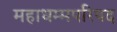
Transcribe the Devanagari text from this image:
महाधम्मपरिषद